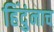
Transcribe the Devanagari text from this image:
हिंदुंनाच